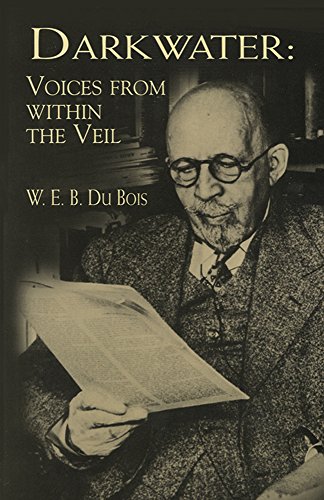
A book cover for Darkwater: Voices from Within the Veil (Dover Thrift Editions); W. E. B. Du Bois; Teen & Young Adult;